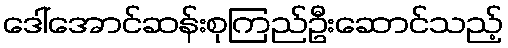
ဒေါ်အောင်ဆန်းစုကြည်ဦးဆောင်သည့်